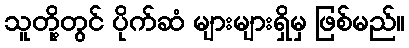
သူတို့တွင် ပိုက်ဆံ များများရှိမှ ဖြစ်မည်။